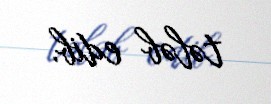
tələb edib.